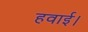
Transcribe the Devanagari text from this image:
हवाई।